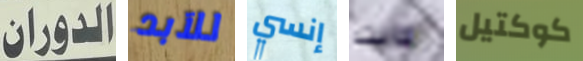
الدوران للآبد إنسي كانت كوكتيل